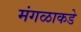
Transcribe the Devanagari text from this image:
मंगळाकडे